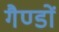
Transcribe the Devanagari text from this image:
गैण्डों